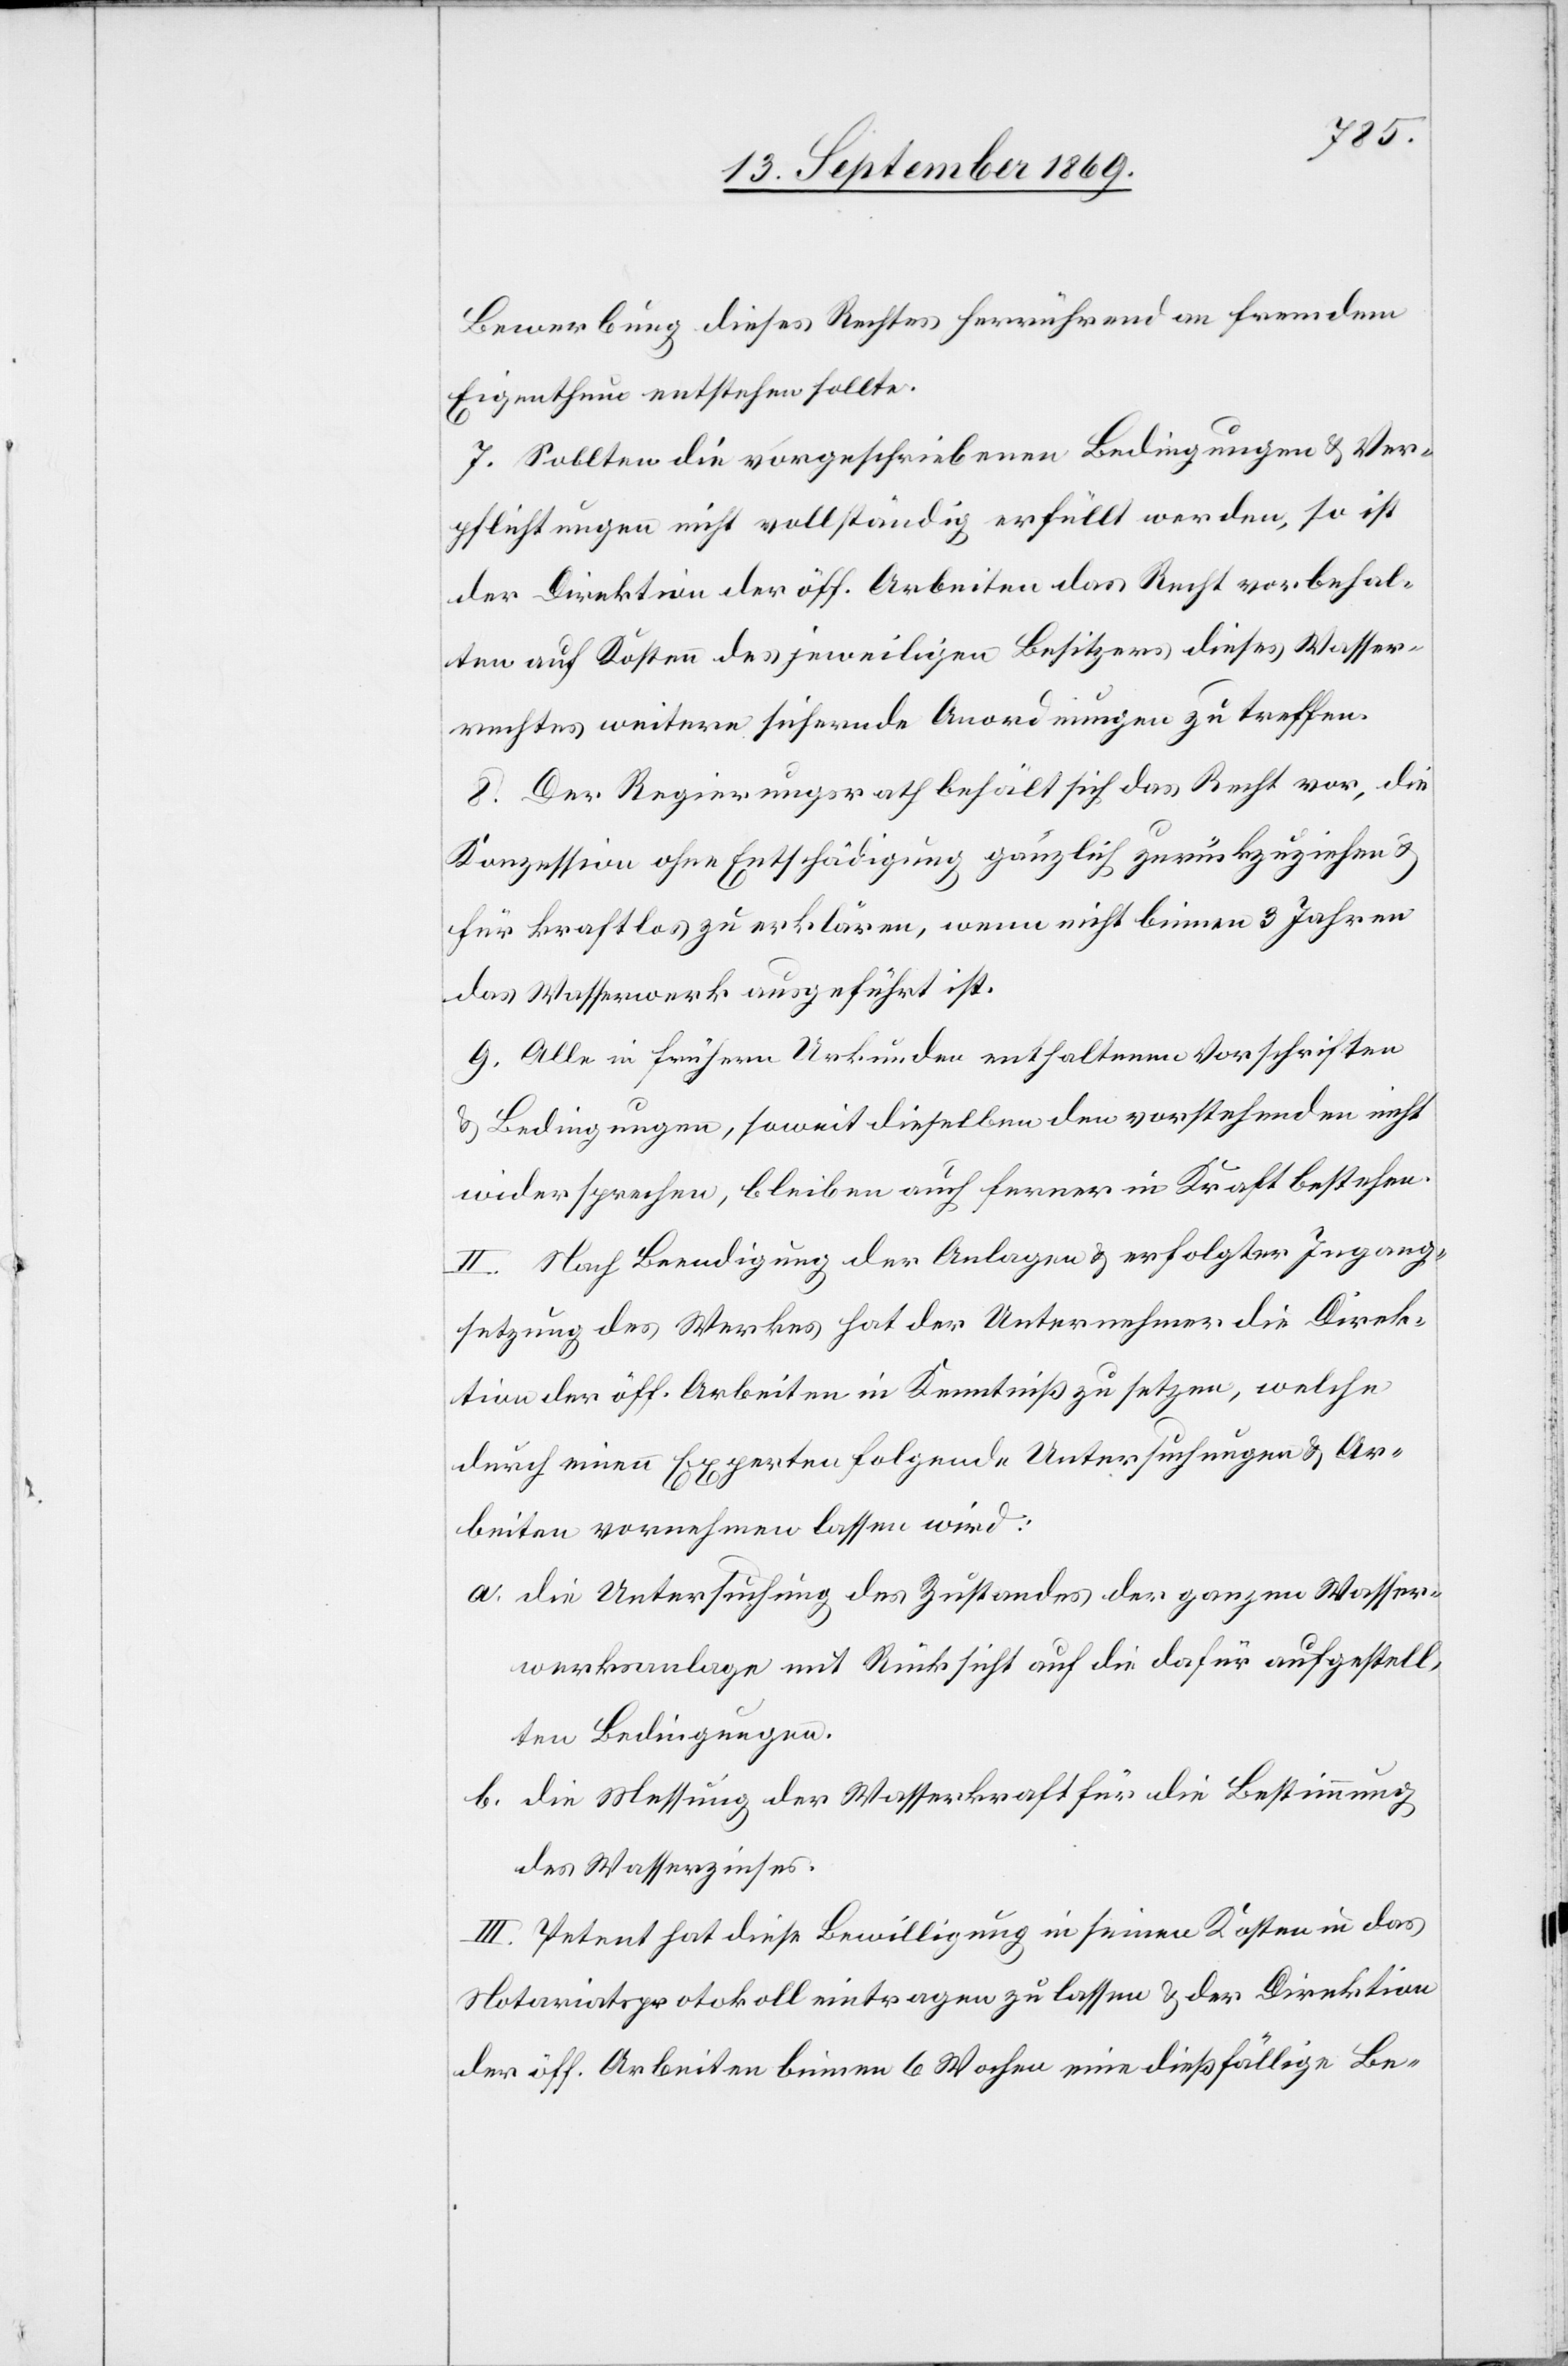
Bewerbung dieses Rechtes herrührend an fremdem
Eigenthum entstehen sollte.
7. Sollten die vorgeschriebenen Bedingungen & Ver¬
pflichtungen nicht vollständig erfüllt werden, so ist
der Direktion der öff. Arbeiten das Recht vorbehal¬
ten auf Kosten des jeweiligen Besitzers dieses Wasser¬
rechtes weitere sichernde Anordnungen zu treffen.
8. Der Regierungsrath behält sich das Recht vor, die
Konzession ohne Entschädigung gänzlich zurückzuziehen &
für kraftlos zu erklären, wenn nicht binnen 3 Jahren
das Wasserwerk ausgeführt ist.
9. Alle in frühern Urkunden enthaltenen Vorschriften
& Bedingungen, soweit dieselben den vorstehenden nicht
widersprechen, bleiben auch ferner in Kraft bestehen.
II. Nach Beendigung der Anlagen & erfolgter Ingang¬
setzung des Werkes hat der Unternehmer die Direk¬
tion der öff. Arbeiten in Kenntniß zu setzen, welche
durch einen Experten folgende Untersuchungen & Ar¬
beiten vornehmen lassen wird:
a. die Untersuchung des Zustandes der ganzen Wasser¬
werksanlage mit Rücksicht auf die dafür aufgestell¬
ten Bedingungen.
b. die Messung der Wasserkraft für die Bestimmung
des Wasserzinses.
III. Petent hat diese Bewilligung in seinen Kosten in das
Notariatsprotokoll eintragen zu lassen & der Direktion
der öff. Arbeiten binnen 6 Wochen eine dießfällige Be-